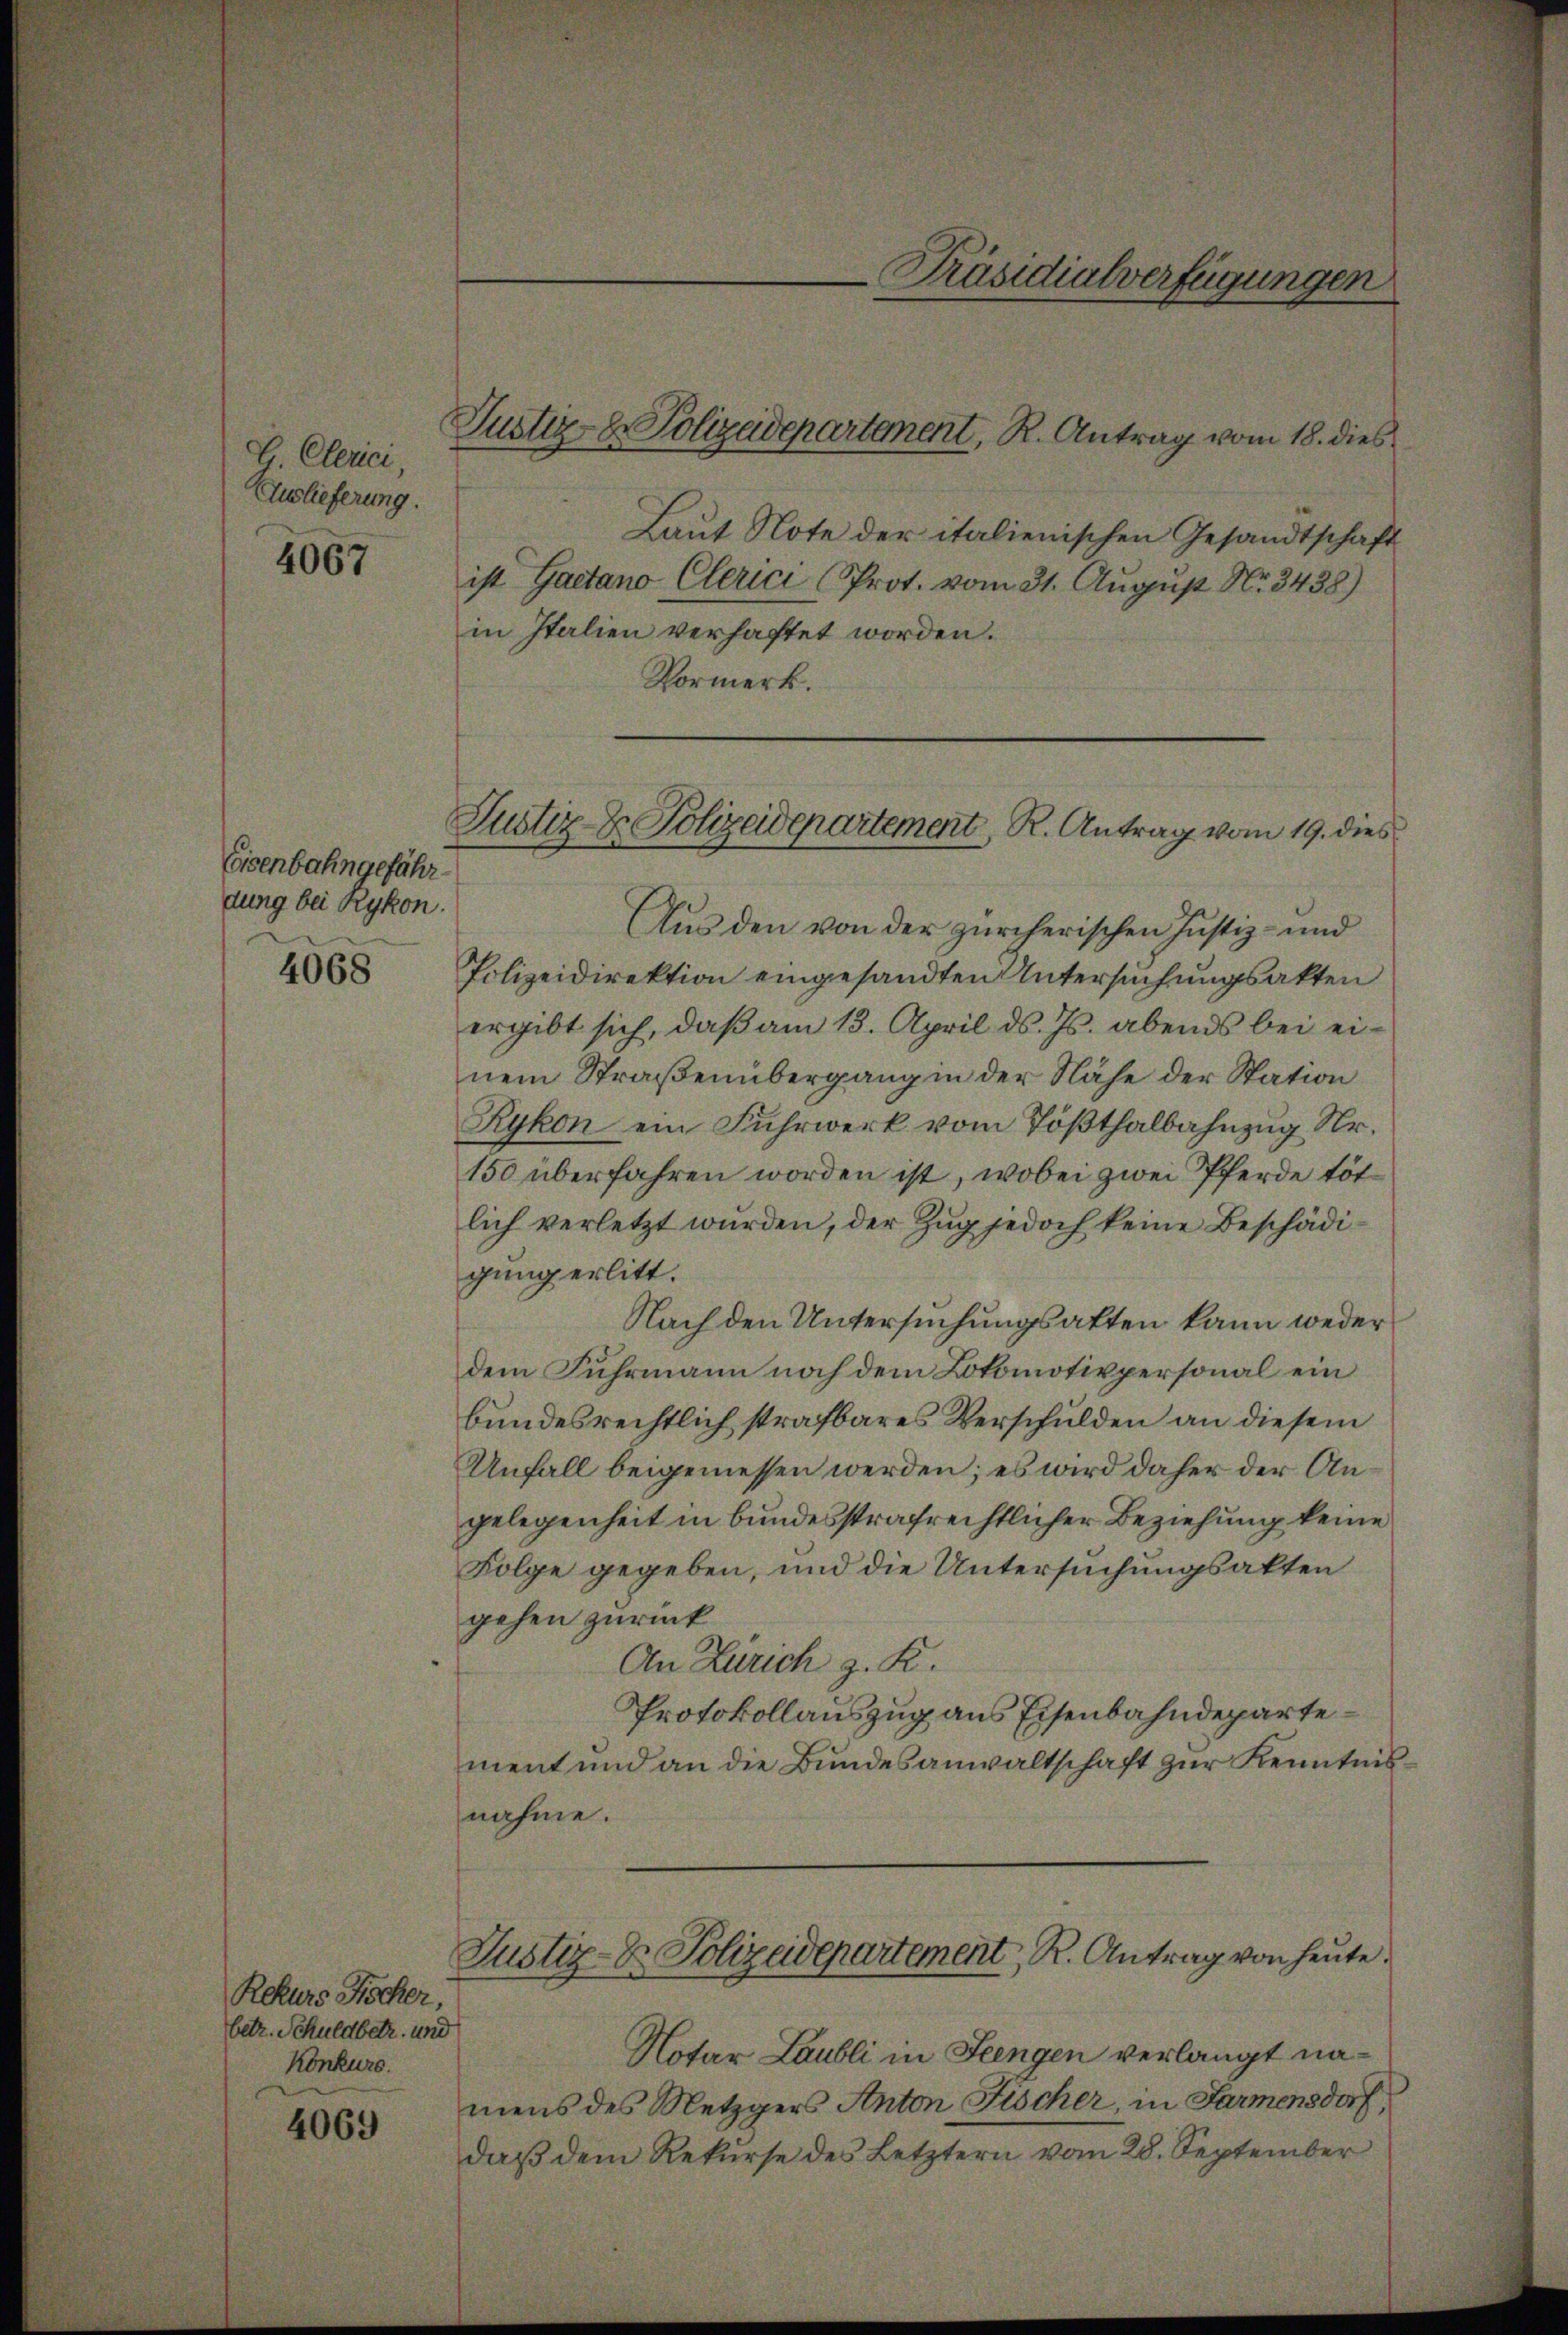
Clerici,
Auslieferung.

4067

Eisenbahngefähr
dung bei Rykon.
4068

Rekurs Fischer,
betr. Schuldbetr. und
Konkurs.

4069

Justiz- & Polizeidepartanent, R. Antrag vom 18. dies

Aus den von der zürcherischen Justiz- und
Polizeidirektion eingesandten Untersuchungsakten
ergibt sich, daß am 13. April ds. Js. abends bei einem Straßenübergang in der Nähe der Station
Rykon ein Fuhrwerk vom Tößthalbahnzug Nr.
150 überfahren worden ist, wobei zwei Pferde tötlich verletzt wurden, der Zug jedoch keine Beschädigung erlitt.
Nach den Untersuchungsakten kann weder
dem Fuhrmann noch dem Lokomotivpersonal ein
bundesrechtlich strafbares Verschulden an diesem
Unfall beigemessen werden; es wird daher der Angelegenheit in bundesstrafrechtlicher Beziehung keine
Folge gegeben, und die Untersuchungsakten
gehen zurück
An Zürich z. K.
Protokollauszug aus Eisenbahndepartement und an die Bŭndesanwaltschaft zŭr Kenntnis-
nähme.
Justiz-Dr. Polizeidepartement, R. Antrag von heute.
Notar Laubli in Feingen verlangt namens des Metzgers Anton Fischer, in Farmensdorf,
daß dem Rekurse des Letztern vom 28. September

Laut Note der italienischen Gesandtschaft
ist Gaetano Clerici (Prot. vom 31. August Nr. 3438)
in Italien verhaftet worden.
Vormerk.

Präsidialverfügungen

Justiz- & Polizeidepartement R. Antrag vom 19. dies